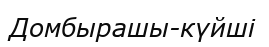
Домбырашы-күйші